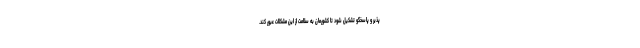
پذیر و پاسخگو تشکیل شود تا کشورمان به سلامت از این مشکلات عبور کند.